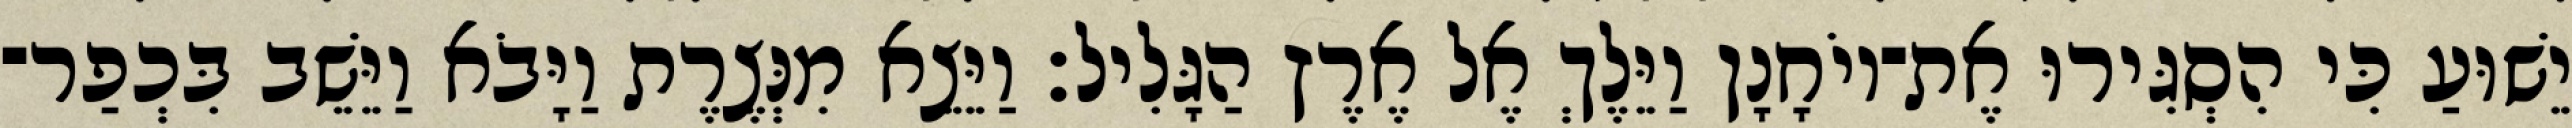
יֵשׁוּעַ כִּי הִסְגִּירוּ אֶת־יוֹחָנָן וַיֵּלֶךְ אֶל אֶרֶץ הַגָּלִיל׃ וַיֵּצֵא מִנְּצֶרֶת וַיָּבֹא וַיֵּשֵׁב בִּכְפַר־